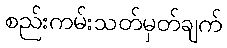
စည်းကမ်းသတ်မှတ်ချက်